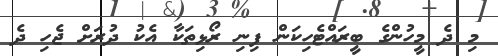
މި ދެ މީހުންގެ ބީރައްޓެހިކަން ފިނި ރޯޅިތަކާ އެކު ދުރަށް ޖެހި ދެ